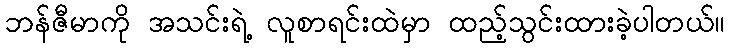
ဘန်ဇီမာကို အသင်းရဲ့ လူစာရင်းထဲမှာ ထည့်သွင်းထားခဲ့ပါတယ်။